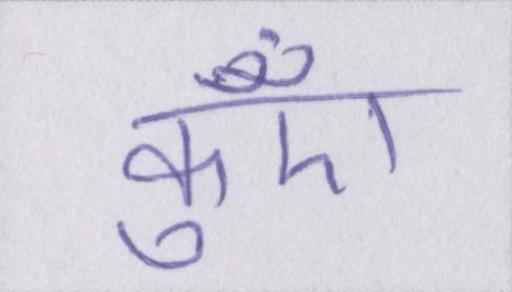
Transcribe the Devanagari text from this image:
कुएँ